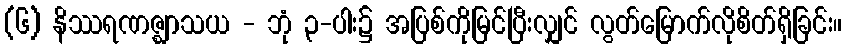
(၆) နိဿရဏဇ္ဈာသယ - ဘုံ ၃-ပါး၌ အပြစ်ကိုမြင်ပြီးလျှင် လွတ်မြောက်လိုစိတ်ရှိခြင်း။